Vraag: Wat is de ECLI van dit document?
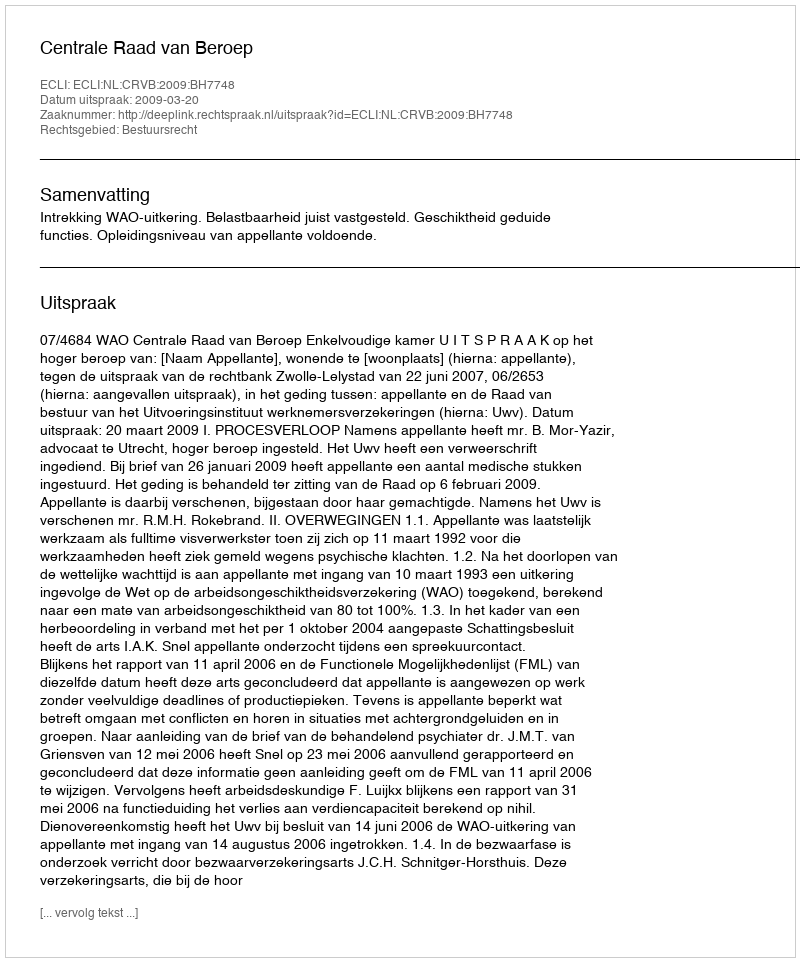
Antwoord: ECLI:NL:CRVB:2009:BH7748